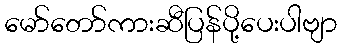
မော်တော်ကားဆီပြန်ပို့ပေးပါဗျာ